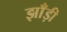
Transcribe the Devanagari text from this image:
झाँड़ी